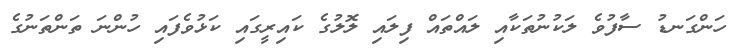
ހަންގަނޑު ސާފުވެ ލަކުނުތަކާއި ލައްތައް ފިލައި ލޮލުގެ ކައިރީގައި ކަޅުވެފައި ހުންނަ ތަންތަނުގެ